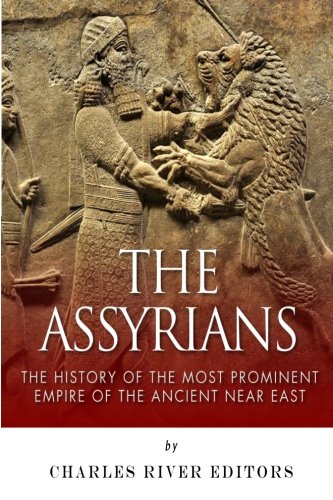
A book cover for The Assyrians: The History of the Most Prominent Empire of the Ancient Near East; Charles River Editors; History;